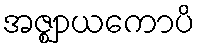
အဇ္ဈာယကောပိ